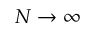
N \to \infty